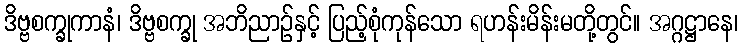
ဒိဗ္ဗစက္ခုကာနံ၊ ဒိဗ္ဗစက္ခု အဘိညာဉ်နှင့် ပြည့်စုံကုန်သော ရဟန်းမိန်းမတို့တွင်။ အဂ္ဂဋ္ဌာနေ၊